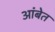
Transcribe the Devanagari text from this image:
आंबेत